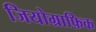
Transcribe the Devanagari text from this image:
जियोग्राफ़िक